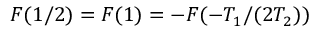
F ( 1 / 2 ) = F ( 1 ) = - F ( - T _ { 1 } / ( 2 T _ { 2 } ) )